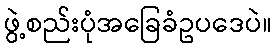
ဖွဲ့စည်းပုံအခြေခံဥပဒေပဲ။